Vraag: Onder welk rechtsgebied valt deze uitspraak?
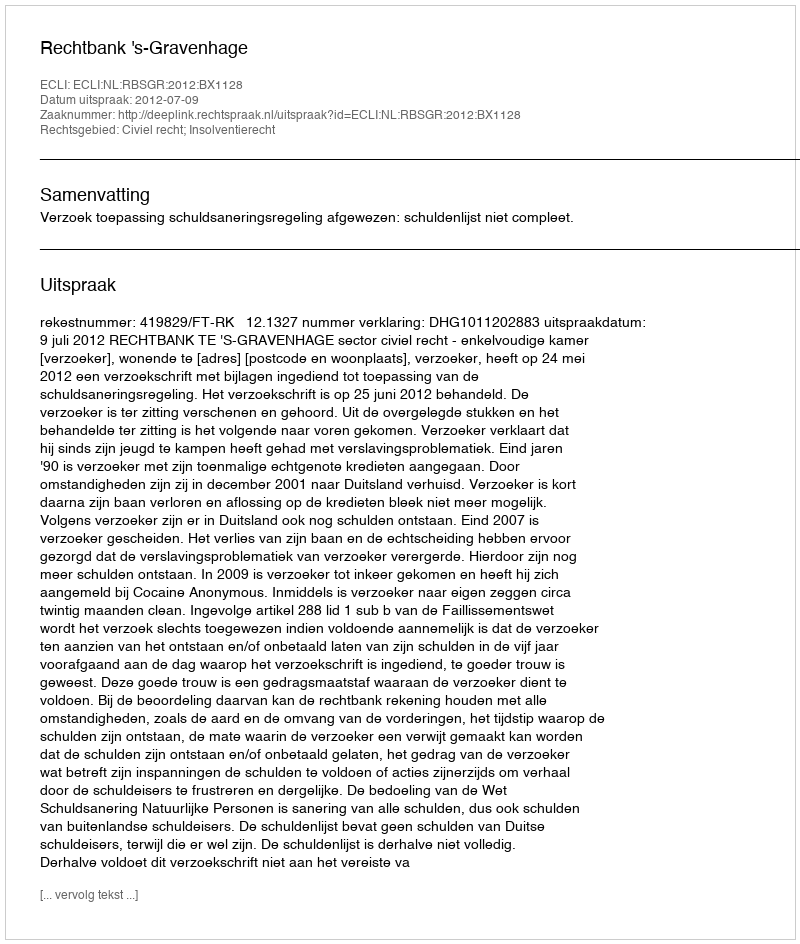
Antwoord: Civiel recht; Insolventierecht